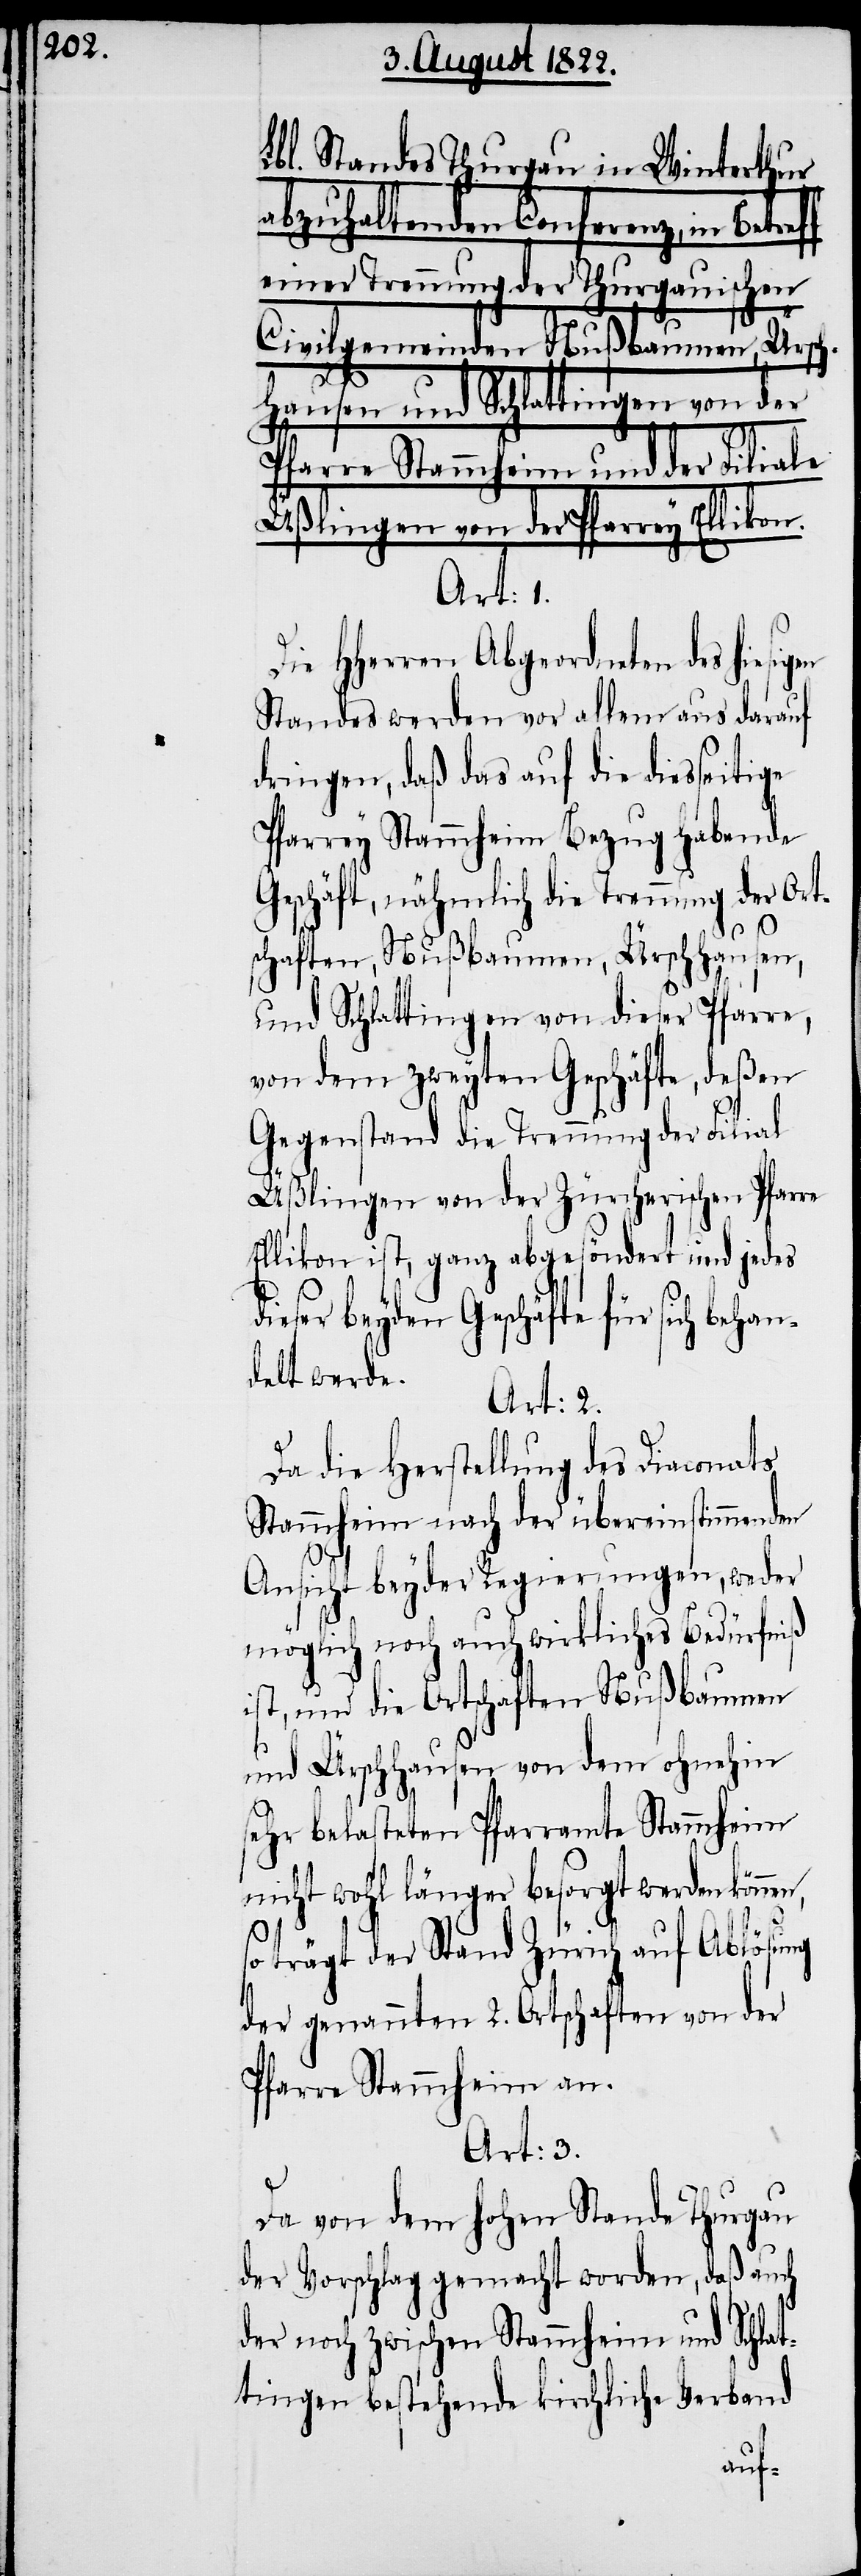
Lbl. Standes Thurgau in Winterthur
abzuhaltenden Conferenz, in Betref¬
einer Trennung der Thurgauischen
Civilgemeinden Nußbaumen, Ürsch¬
hausen und Schlattingen von der
Pfarre Stammheim und der Filiale
Üßlingen von der Pfarrey Ellikon.
Art: 1.
Die HHerrn Abgeordneten des hiesig¬
Standes werden vor allem aus darauf
dringen, daß das auf die diesseitige
Pfarrey Stammheim Bezug habende
Geschäft, nähmlich die Trennung der Ort¬
schaften, Nußbaumen, Ürschhausen,
und Schlattingen von dieser Pfarre,
von dem zweyten Geschäfte, deßen
Gegenstand die Trennung der Filial
Üßlingen von der Zürcherischen Pfarre
Ellikon ist, ganz abgesöndert und jedes
ieser beyden Geschäfte für sich beha¬
delt werde.
Art: 2.
Da die Herstellung des Diaconats
Stammheim nach der übereinstimmenden
n¬
Ansicht beyder Regierungen, weder
möglich noch auch wirkliches Bedürfniß
ist, und die Ortschaften Nußbaumen
und Ürschhausen von dem ohnehin
sehr belasteten Pfarramte Stammheim
nicht wohl länger besorgt werden
so trägt der Stand Zürich auf Ablösung
der genannnten 2. Ortschaften von der
Pfarre Stammheim an.
Art: 3.
Da von dem hohen Stande Thurgau
der Vorschlag gemacht worden, daß auch
der noch zwischen Stammheim und Schlat¬
tingen bestehende kirchliche Verband